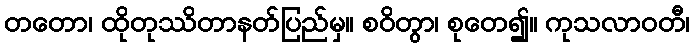
တတော၊ ထိုတုဿိတာနတ်ပြည်မှ။ စဝိတွာ၊ စုတေ၍။ ကုသလာဝတီ၊